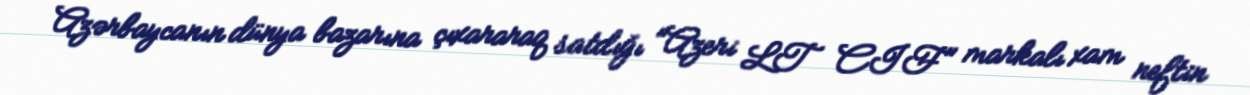
Azərbaycanın dünya bazarına çıxararaq satdığı "Azeri LT CIF" markalı xam neftin